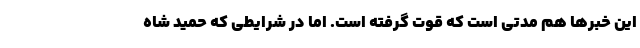
این خبرها هم مدتی است که قوت گرفته است. اما در شرایطی که حمید شاه